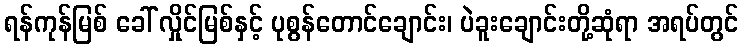
ရန်ကုန်မြစ် ခေါ် လှိုင်မြစ်နှင့် ပုစွန်တောင်ချောင်း၊ ပဲခူးချောင်းတို့ဆုံရာ အရပ်တွင်